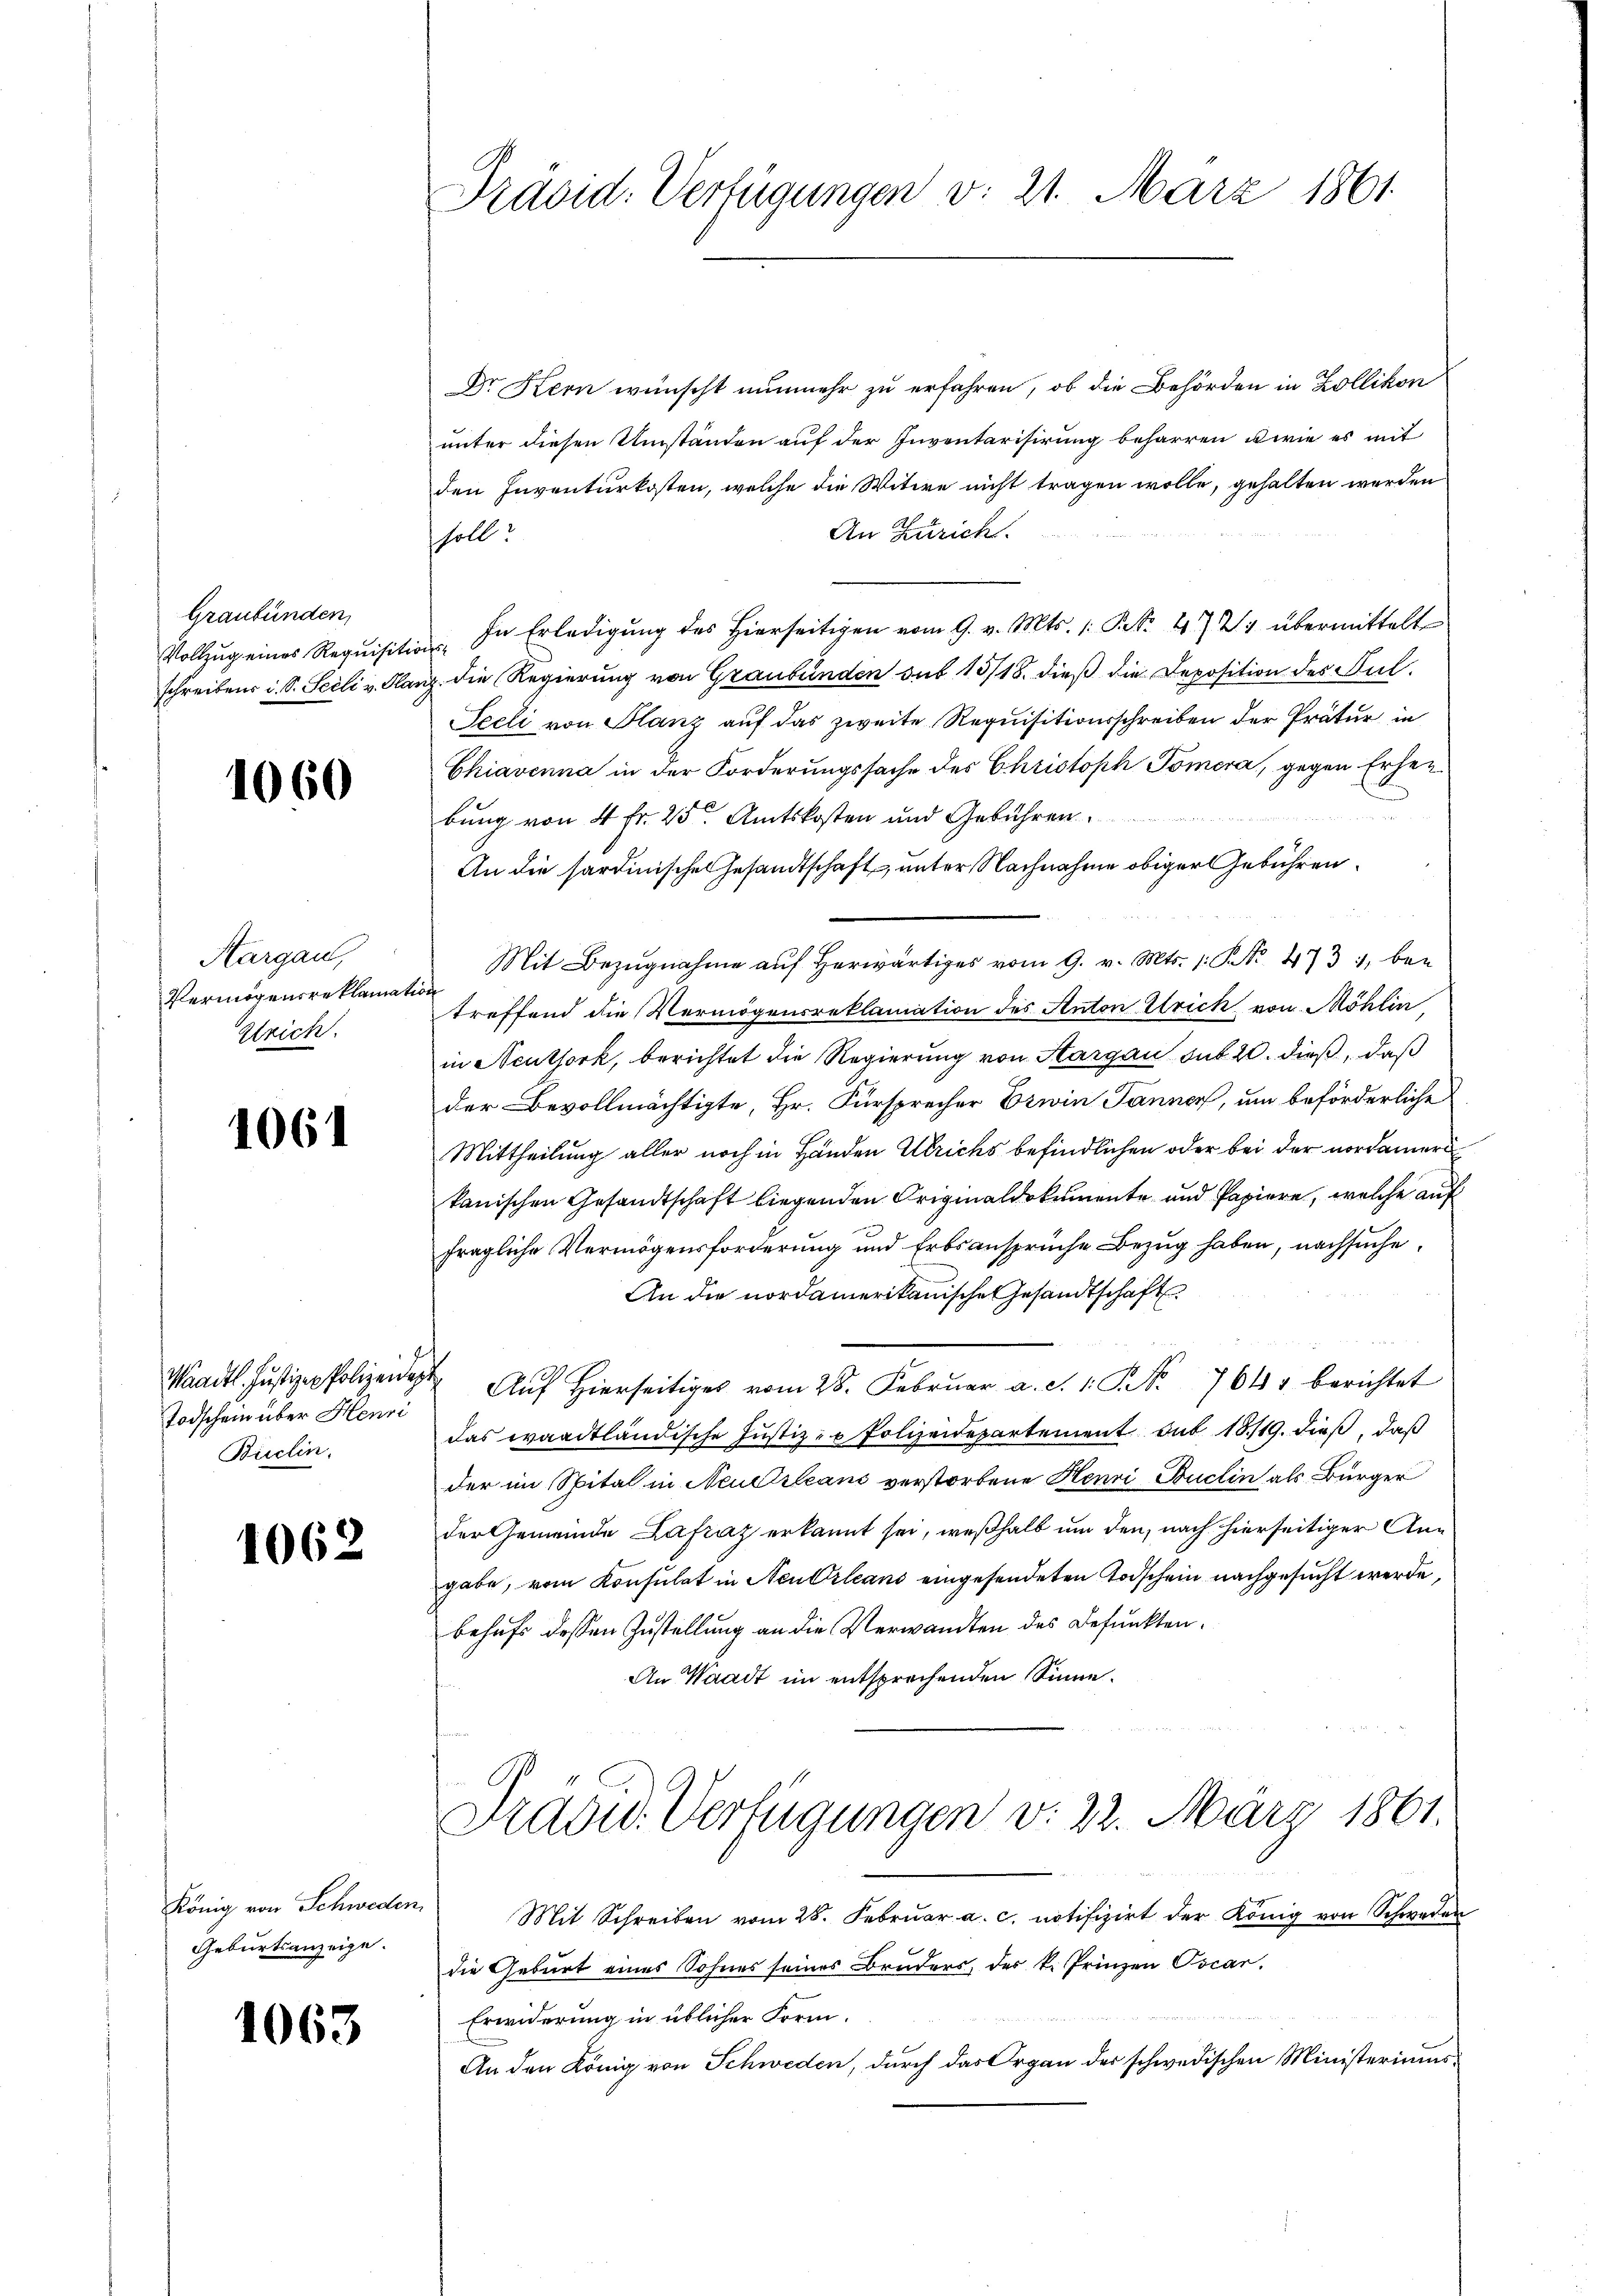
Graubünden,
Vollzug eines Requisitio
schreibens i. S. Seeli v. Plas

1060

Aargau,
Vermögensreklamat
zrich.

1061

Todschein über Henri
Buclin.

1062

Geburtsanzeige.

1063

Präsid. Verfügungen v. 21. März 1861.

Dr Kern wünscht nunmehr zu erfahren, ob die Behörden in Zollikon
unter diesen Umständen auf der Inventarisirung beharren u wie es mit
den Inventurkosten, welche die Witwe nicht tragen wolle, gehalten werden
An Zutrich.
ssoll.
In Erledigung des hierseitigen vom 9. v. Mts. 1. P. Nr. 472 übermittelte
ih die Regierung von Graubünden sub 15/18. dieß die Deposition des Sul¬
Sceli von Flanz auf das zweite Requisitionsschreiben der Prätur in
Chiavenna in der Forderungssache des Christoph Pomera, gegen Erhenbung von 4 Fr. 25. Amtskosten und Gebühren
An die sardinisches Gesandtschaft, unter Nachnahme obiger Gebühren¬
Mit Bezŭgnahme aŭf herwärtiges vom 9. v. Mts. 1. No. 473, bei
i
treffend die Vermögensreklamation des Anton Ulrich von Möhlin,
in Neuthork, berichtet die Regierung von Sargau sub 20. dieß, daß
der Bevollmächtigte, Hr. Fürsprecher Erwin Jänner, um beförderliche
Mittheilung aller noch in Händen Ulrichs befindlichen oder bei der nordameri
kanischen Gesandtschaft liegenden Originaldokumente und Papiere, welche auf
fragliche Vermögensforderung und Erbsansprüche Bezug haben, nachsuche,
An die nordamerikanische Gesandtschaft
a Justige Polizei Auf hierseitige vom 28. Febrŭar a. d. 1. No. 764 berichtet
das waadtländische Justiz- u Polizeidepartement sub 1819. dieß, daß
der im Spital in Neu Orleans verstorbene Henri-Buclin als Bürger
der Gemeinde Lafraz erkannt sei, weßhalb um den, nach hierseitiger Angabe, vom Konsulat in Neu Orleans eingesendeten Todschein nachgesucht werde,
behufs dessen Zustellung an die Verwandten des Befunkten.
An Waadt im entsprechenden Sinne.
Prasid. Verfügungen v. 22. März 1861.
König von Schweden Mit Schreiben vom 28. Febrŭar a. c. notifizirt der König von Schweder
die Geburt eines Sohnes seines Bruders, des k. Prinzen Tscar.
Erwiderung in üblicher Form.
An den König von Schweden, durch das Organ der schwedischen Ministeriums¬